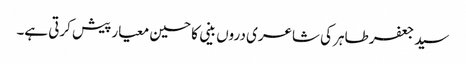
سید جعفر طاہر کی شاعری دروں بینی کا حسین معیار پیش کرتی ہے۔